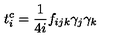
t _ { i } ^ { c } = \frac { 1 } { 4 i } f _ { i j k } \gamma _ { j } \gamma _ { k }